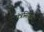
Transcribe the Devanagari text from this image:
मंत्रसिद्धि